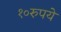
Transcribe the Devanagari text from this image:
१०रुपये